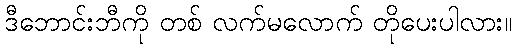
ဒီဘောင်းဘီကို တစ် လက်မလောက် တိုပေးပါလား။